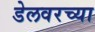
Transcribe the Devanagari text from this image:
डेलवरच्या